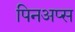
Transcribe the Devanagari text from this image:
पिनअप्स